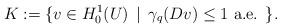
LaTeX: \begin{align*}K:=\{v\in H_{0}^{1}(U)\,\mid\,\gamma_{q}(Dv)\leq1\textrm{ a.e. }\}.\end{align*}